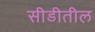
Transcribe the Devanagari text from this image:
सीडीतील